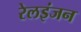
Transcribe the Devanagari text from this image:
रेलइंजन